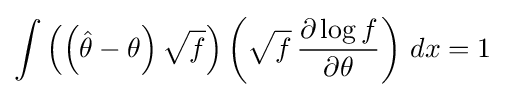
\int \left(\left({\hat {\theta }}-\theta \right){\sqrt {f}}\right)\left({\sqrt {f}}\,{\frac {\partial \log f}{\partial \theta }}\right)\,dx=1